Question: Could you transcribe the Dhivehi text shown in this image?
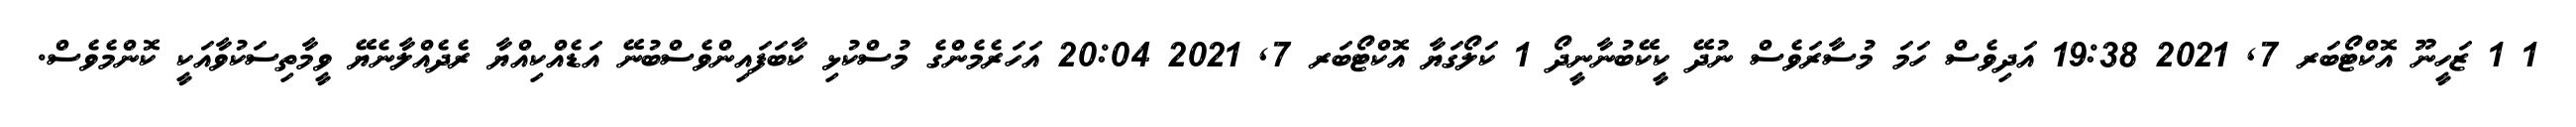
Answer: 1 1 ޒަހީނޫ އޮކްޓޯބަރ 7, 2021 19:38 އަދިވެސް ހަމަ މުސާރަވެސް ނުދޭ ކީކޭބުނާނީދޯ 1 ކަލޯގަޔާ އޮކްޓޯބަރ 7, 2021 20:04 އަހަރެމެންގެ މުސްކުޅި ކާބަފައިންވެސްބުނޭ އަޑެއްކިއްޔާ ރެދެއްލާނެޔޭ ވީމާތިސަކުވާއަކީ ކޮންމެވެސް.